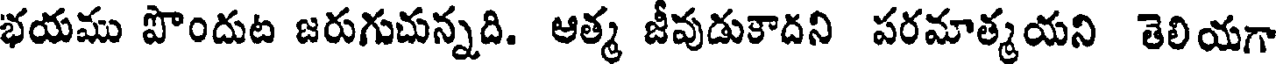
భయము పొందుట జరుగుచున్నది. ఆత్మ జీవుడుకాదని పరమాత్మయని తెలియగా